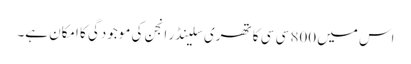
اس میں 800 سی سی کا تھری سلینڈر انجن کی موجودگی کا امکان ہے۔